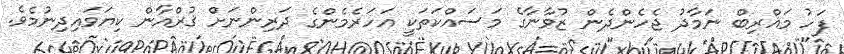
ފަހު މަޣްރިބް ނަމާދު ޖެހެންދެން ޒުވާނާގެ މަސައްކަތަކީ އަހަރެމެންގެ ދަރިންނަށް ޤުރްއާން ކިޔަވައިދިނުމެވެ.